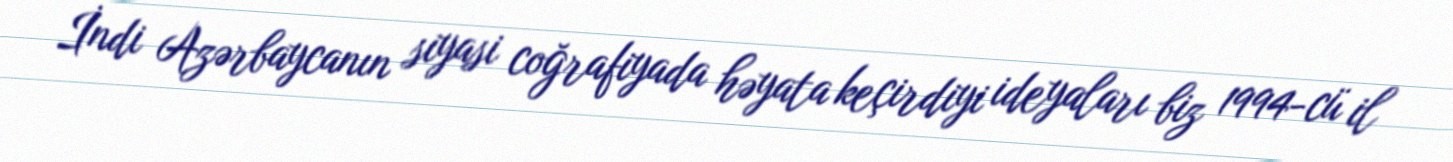
İndi Azərbaycanın siyasi coğrafiyada həyata keçirdiyi ideyaları biz 1994-cü il